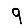
Digit: 9